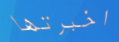
اخبرتها